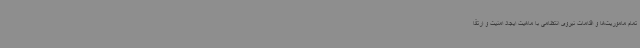
تمام ماموریت‌ها و اقدامات نیروی انتظامی با ماهیت ایجاد امنیت و ارتقا